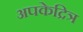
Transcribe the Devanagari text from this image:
अपकेद्रित्र